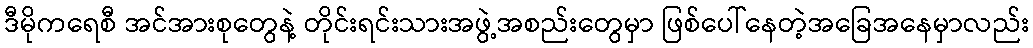
ဒီမိုကရေစီ အင်အားစုတွေနဲ့ တိုင်းရင်းသားအဖွဲ့အစည်းတွေမှာ ဖြစ်ပေါ်နေတဲ့အခြေအနေမှာလည်း